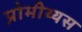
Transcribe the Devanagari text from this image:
प्रोमीथ्यस